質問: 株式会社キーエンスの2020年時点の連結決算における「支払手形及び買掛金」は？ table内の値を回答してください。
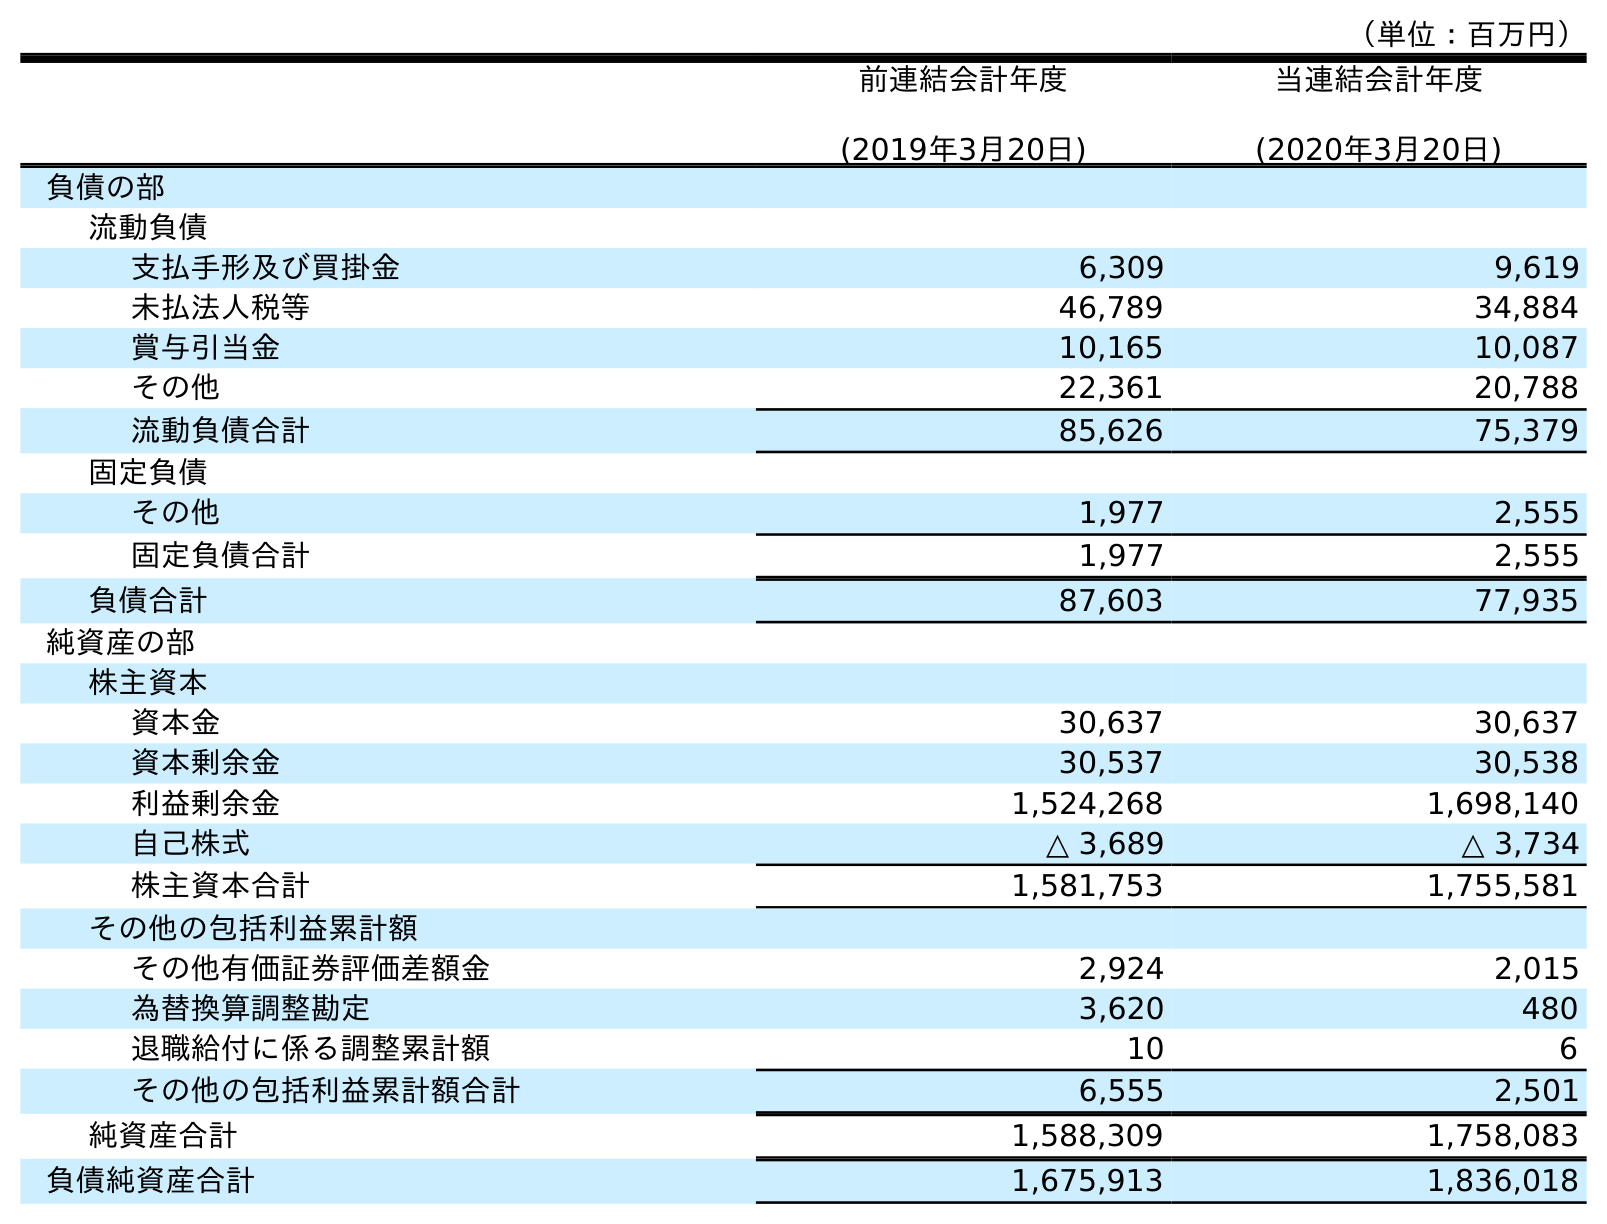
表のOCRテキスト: （単位：百万円） 前連結会計年度 (2019年3月20日) 当連結会計年度 (2020年3月20日) 負債の部 流動負債 支払手形及び買掛金 6,309 9,619 未払法人税等 46,789 34,884 賞与引当金 10,165 10,087 その他 22,361 20,788 流動負債合計 85,626 75,379 固定負債 その他 1,977 2,555 固定負債合計 1,977 2,555 負債合計 87,603 77,935 純資産の部 株主資本 資本金 30,637 30,637 資本剰余金 30,537 30,538 利益剰余金 1,524,268 1,698,140 自己株式 △ 3,689 △ 3,734 株主資本合計 1,581,753 1,755,581 その他の包括利益累計額 その他有価証券評価差額金 2,924 2,015 為替換算調整勘定 3,620 480 退職給付に係る調整累計額 10 6 その他の包括利益累計額合計 6,555 2,501 純資産合計 1,588,309 1,758,083 負債純資産合計 1,675,913 1,836,018
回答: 9,619